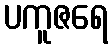
ပကူဇရေ